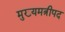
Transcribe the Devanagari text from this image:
मुख्यमत्रीपद